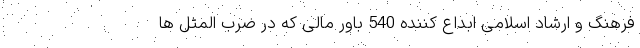
فرهنگ و ارشاد اسلامی ابداع کننده 540 باور مالی که در ضرب المثل ها